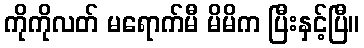
ကိုကိုလတ် မရောက်မီ မိမိက ပြီးနှင့်ပြီ။